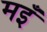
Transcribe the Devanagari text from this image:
मइँ